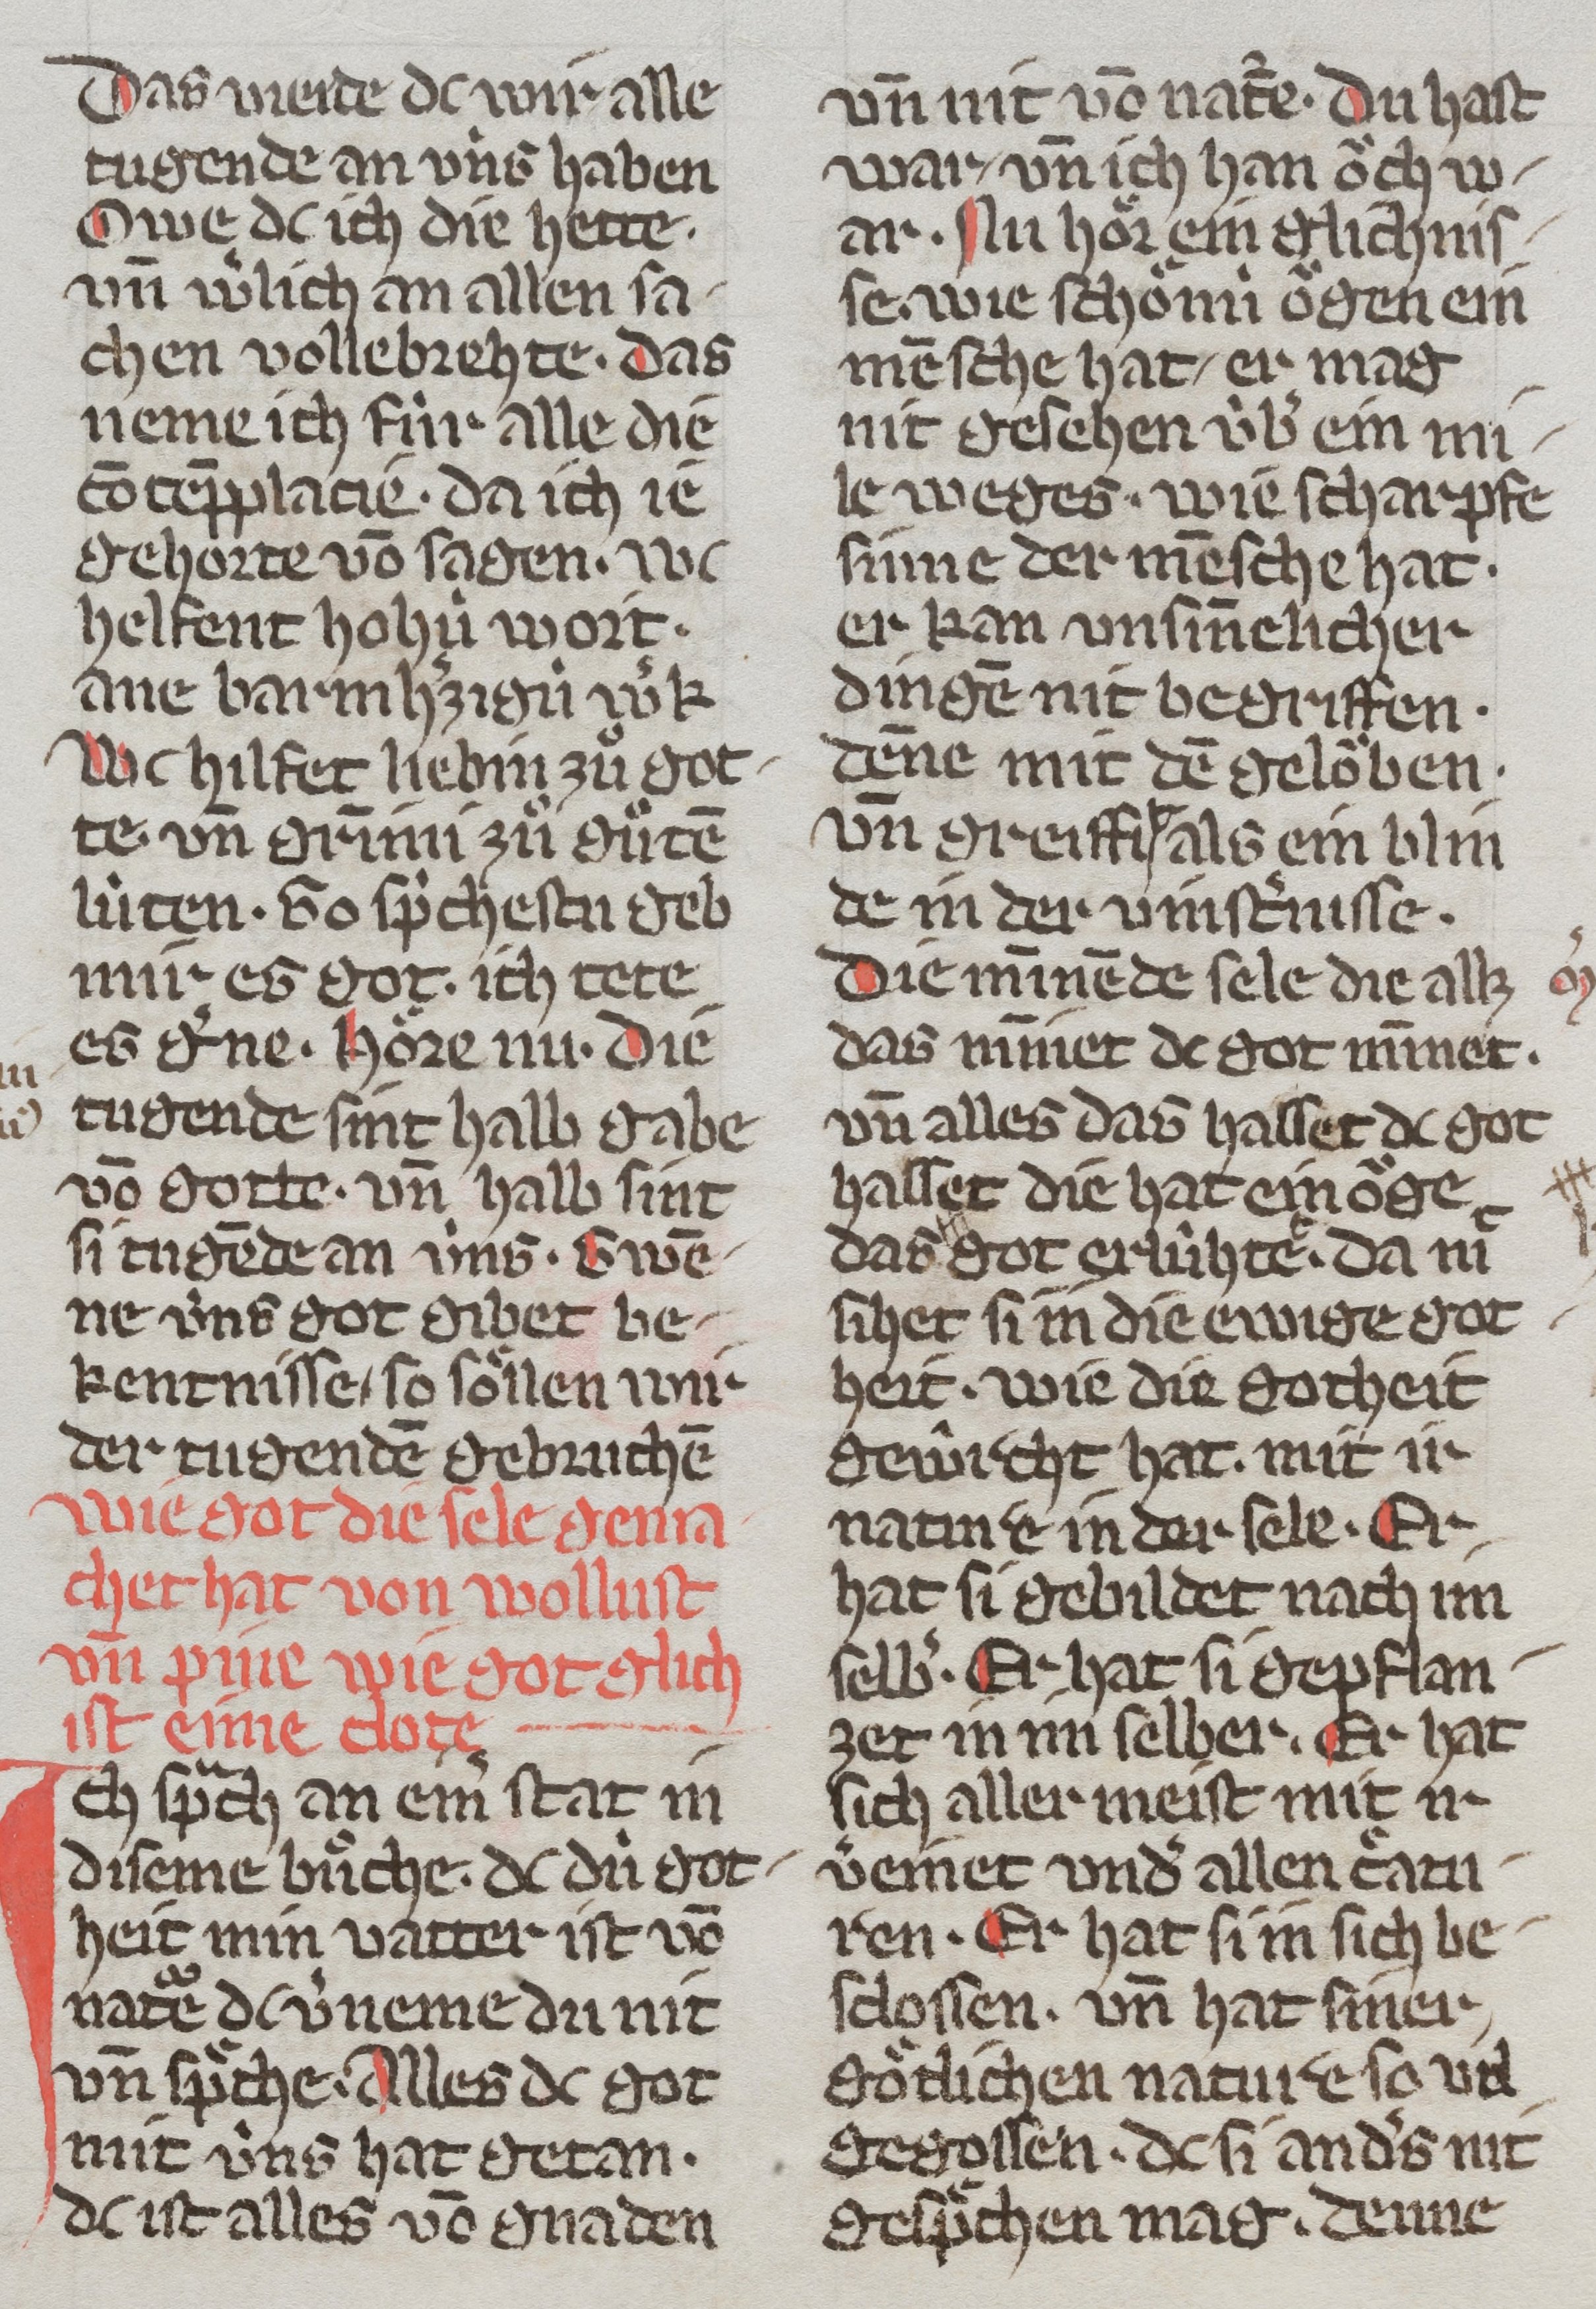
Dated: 1350–1374